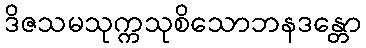
ဒိဇသမသုက္ကသုစိသောဘနဒန္တော